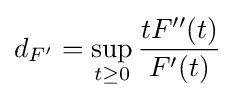
d_{F'}=\sup _{t\geq 0}{\frac {tF''(t)}{F'(t)}}